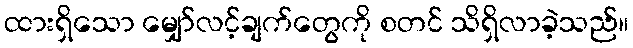
ထားရှိသော မျှော်လင့်ချက်တွေကို စတင် သိရှိလာခဲ့သည်။